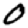
Digit: 0